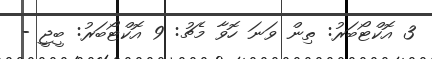
3 އޮކްޓޯބަރު: ތިން ވަނަ ހޮވާ މެޗު: 9 އޮކްޓޯބަރު: ބީޖީ -